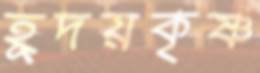
হূদয়কৃষ্ণ